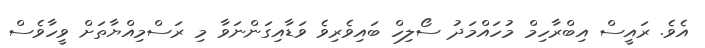
އެވެ. ރައީސް އިބްރާހިމް މުހައްމަދު ސޯލިހް ބައިވެރިވެ ވަޑާއިގަންނަވާ މި ރަސްމިއްޔާތަށް ވީހާވެސް